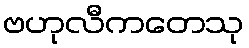
ဗဟုလီကတေသု